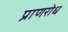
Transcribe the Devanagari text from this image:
प्राणरोध